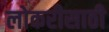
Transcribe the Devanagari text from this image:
लोकरीसाठी